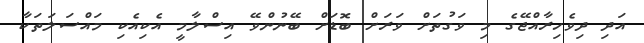
އަދި ދިވެހިރާއްޖޭގެ މި ވަގުތަށް ވަރަށް ބޮޑަށް ބޭނުންވޭ އިސްލާމީ އެކިއެކި މައްސަލަތަކާ